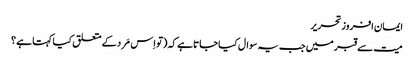
ایمان افروز تحریر
میت سے قبر میں جب یہ سوال کیا جاتا ہے کہ (تو اِس مَرد کے متعلق کیا کہتا ہے ؟